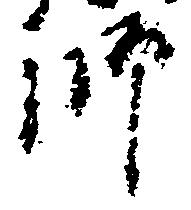
師